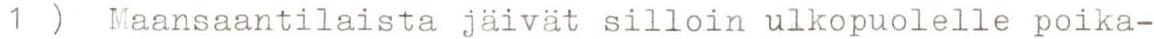
1 ) Maansaantilaista jäivät silloin ulkopuolelle poika-